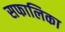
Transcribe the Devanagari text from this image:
सफालिका